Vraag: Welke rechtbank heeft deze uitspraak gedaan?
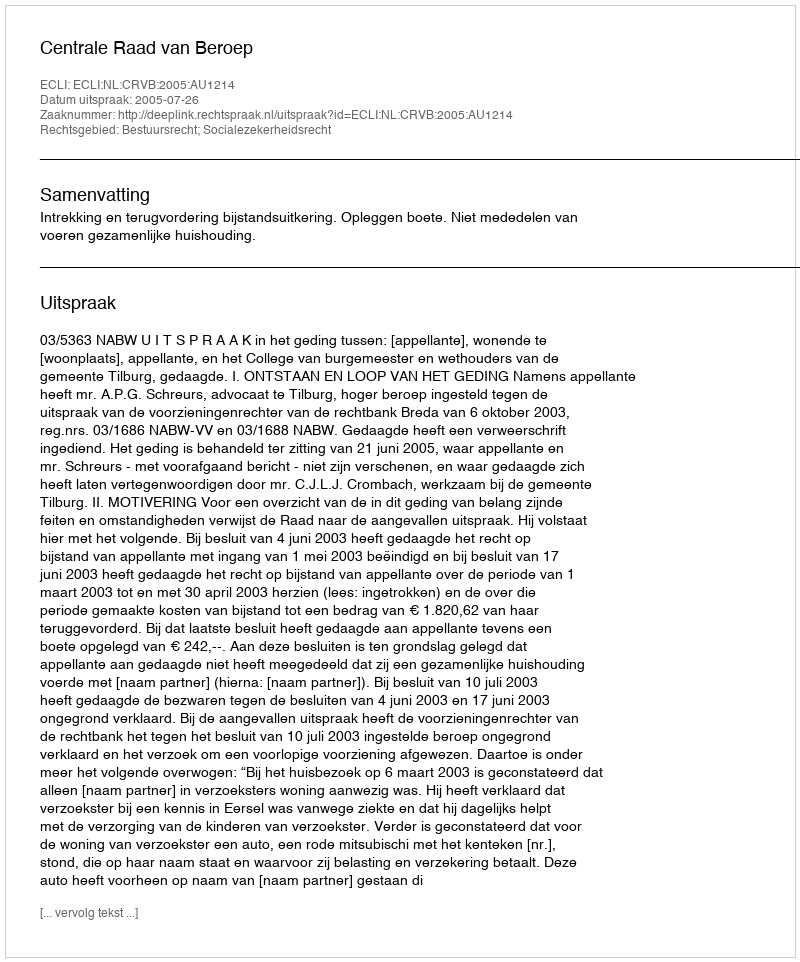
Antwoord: Centrale Raad van Beroep